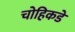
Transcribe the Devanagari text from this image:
चोहिकडे